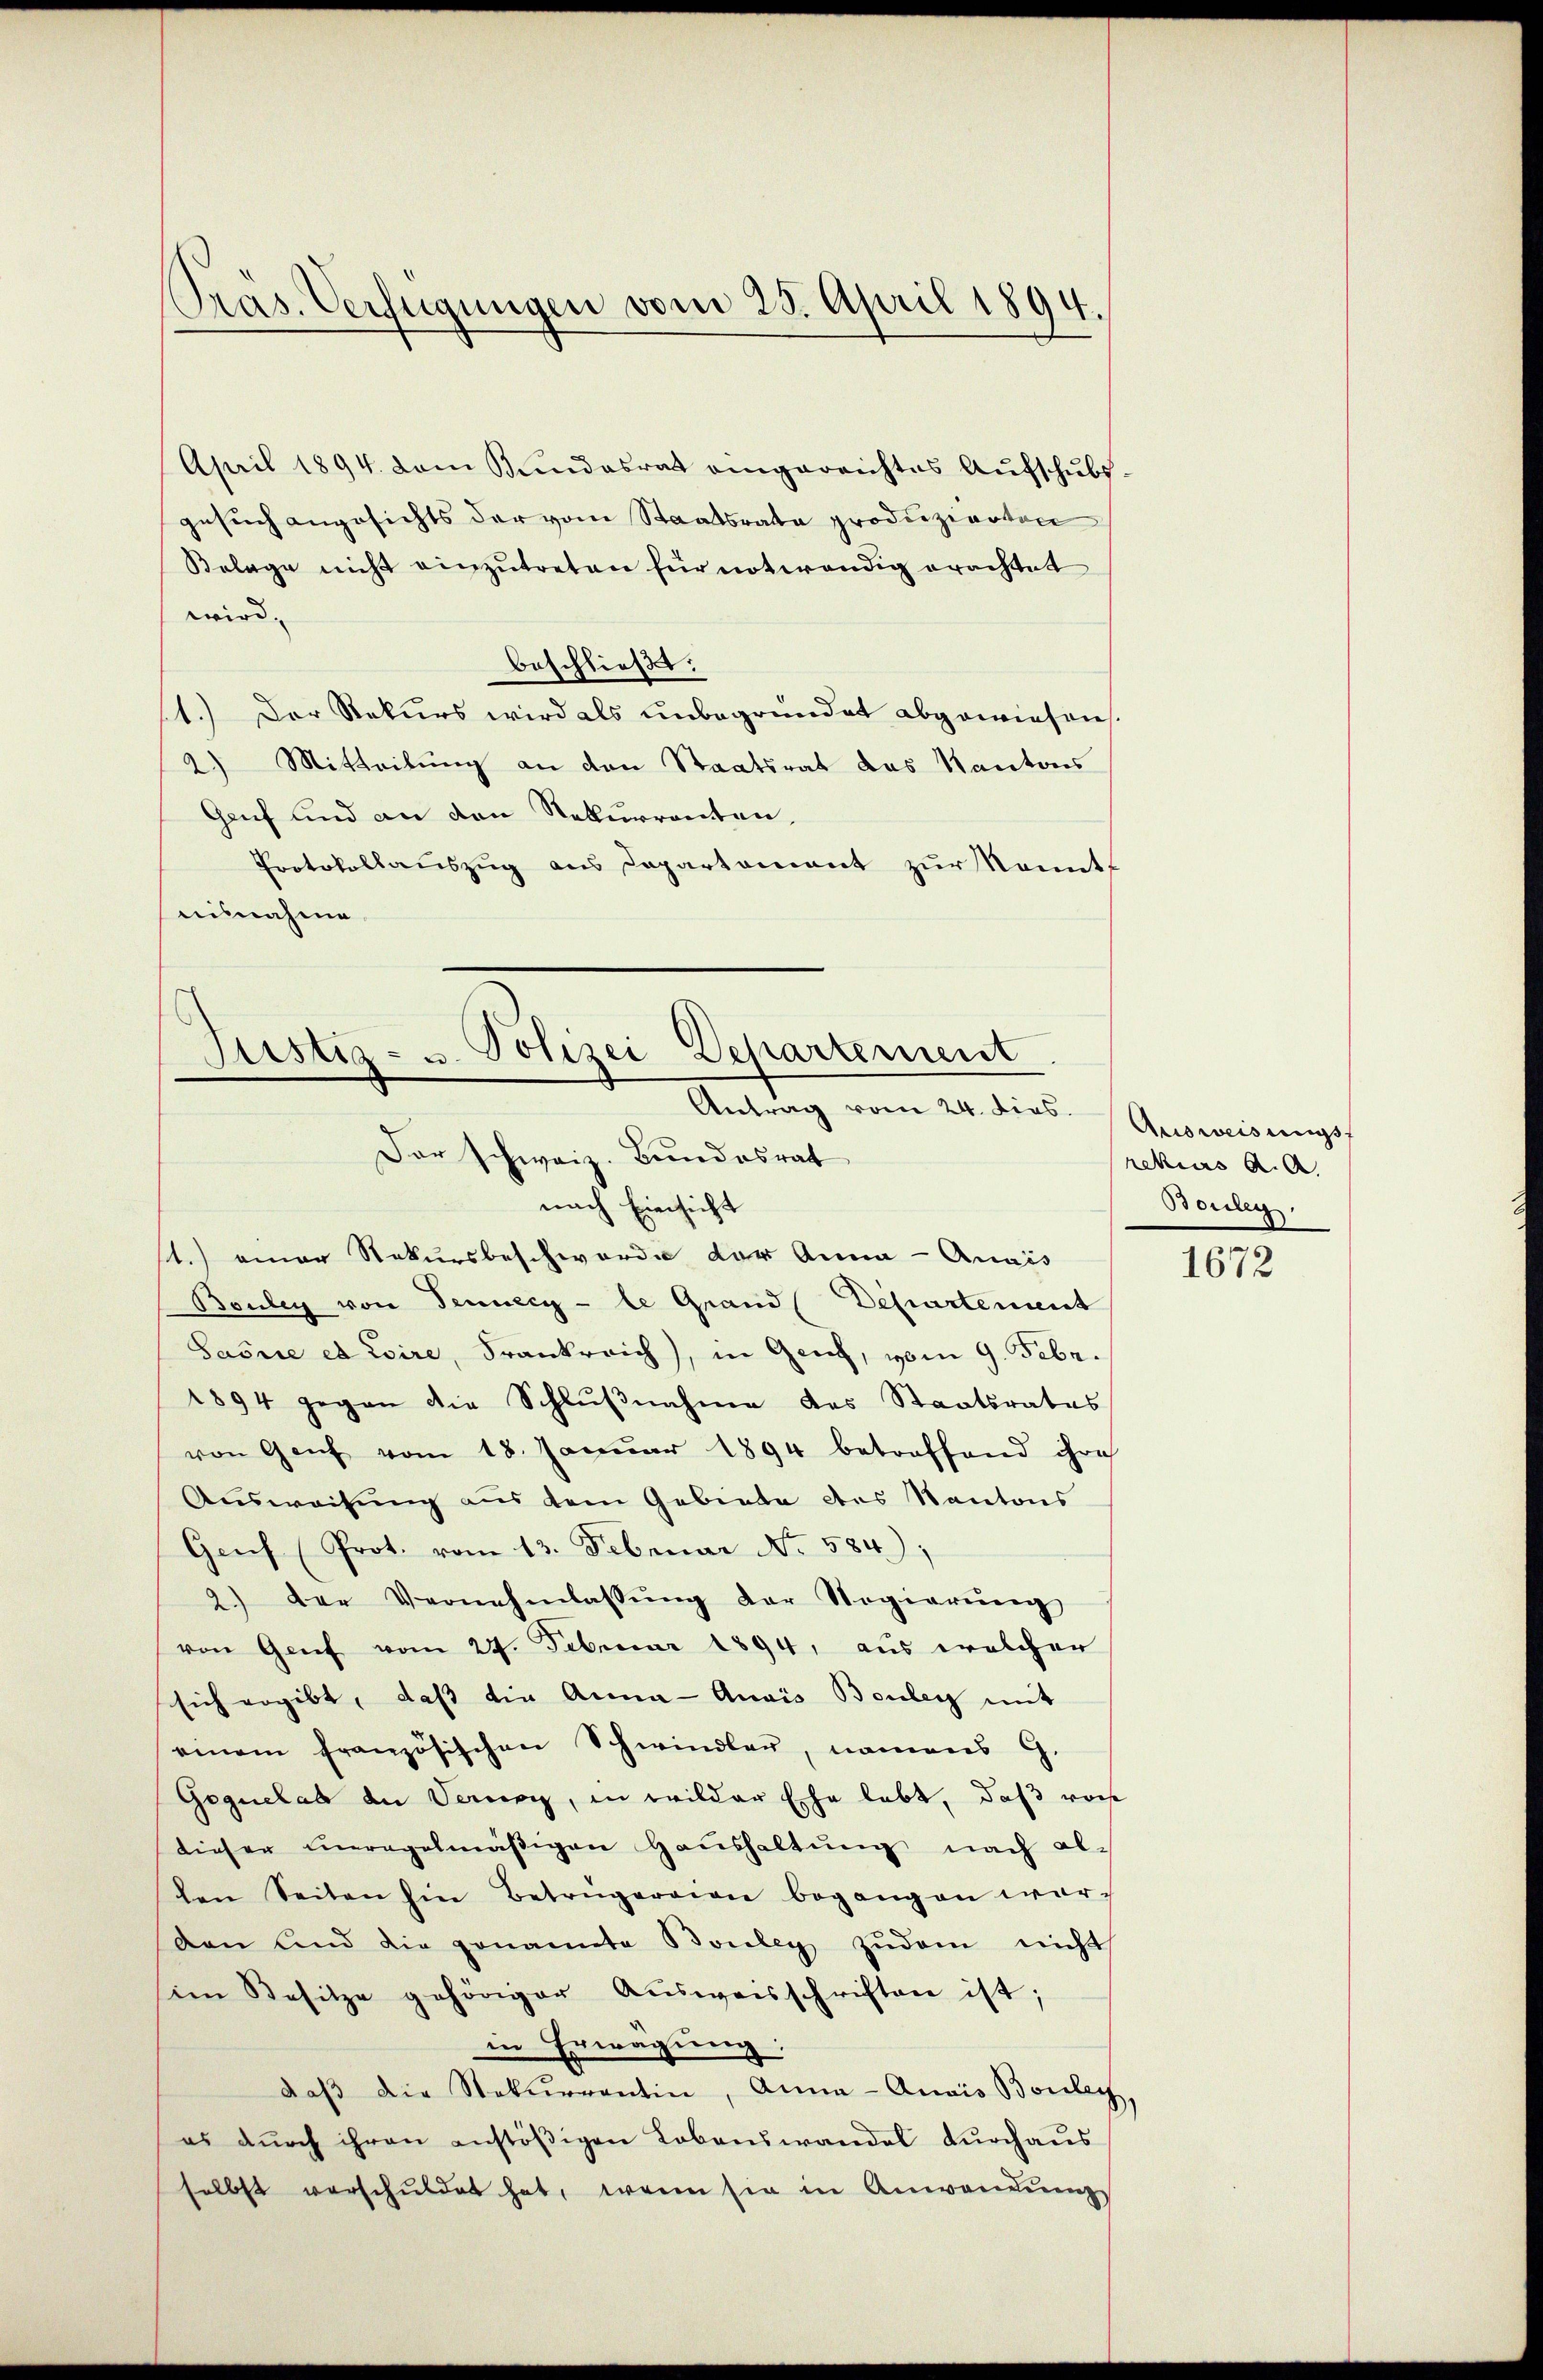
April 1894. dem Bundesrat eingereichtes Aŭfschŭbs-
gesuch angesichts der vom Staatsrata produzierten
Belage nicht einzŭtreten für notwendig erachtet
wird,
beschließt:
11.) Der Rekurs wird als unbegründet abgewiesen.
2) Mitteilung an den Staatsrat das Kantons
Genf und an den Rekurrenten,
Protokollauszug aus Departament zur Sonnt
mitnahme

Pras. Verfügungen vom 25. April 1894.

Justiz- u. Polizei-Departement
Antrag vom 24. dies

Der schweiz. Bundesrat
nach Einsicht
st.) einer Rekursbeschwerde der Anna - Quais
Bouley von Tennery - le Grand Departement
Saöne et Esire, Frankreich), in Genf, vom 9. Febr.
1894 gegen die Schlŭβnahme des Staatsrates
von Genf vom 18. Janŭar 1894 betreffend ihre
Ausweisung aus dem Gebiete des Kantons
Genf (Prot. vom 13. Februar No. 584),
2.) Der Vernehmlassŭng der Regierŭng
von Genf vom 24. Februar 1894, aus welcher
sich ergibt, daß die Anna - Quais Bouley mit
einem französischen Schwindler, namens G.
Gequelab an Seren, in wilder Ehe lebt, daß noch
dieser unregelmäβigen Haŭshaltŭng nach al-
den Seiten hin Betrügeraion begangen war,
den und die genannte Bouley zudem nicht
im Besitze gehöriger Aŭsweisschriften ist;
in Erwägung:
daβ die Naturrentin, Anna - Quais Bouley,
es durch ihren anstößigen Lebenswandel durchaus
selbst verschuldet hat, wenn sie in Anwendŭngs

Ausweisungs
rekius A. A
Bouleg.

1672